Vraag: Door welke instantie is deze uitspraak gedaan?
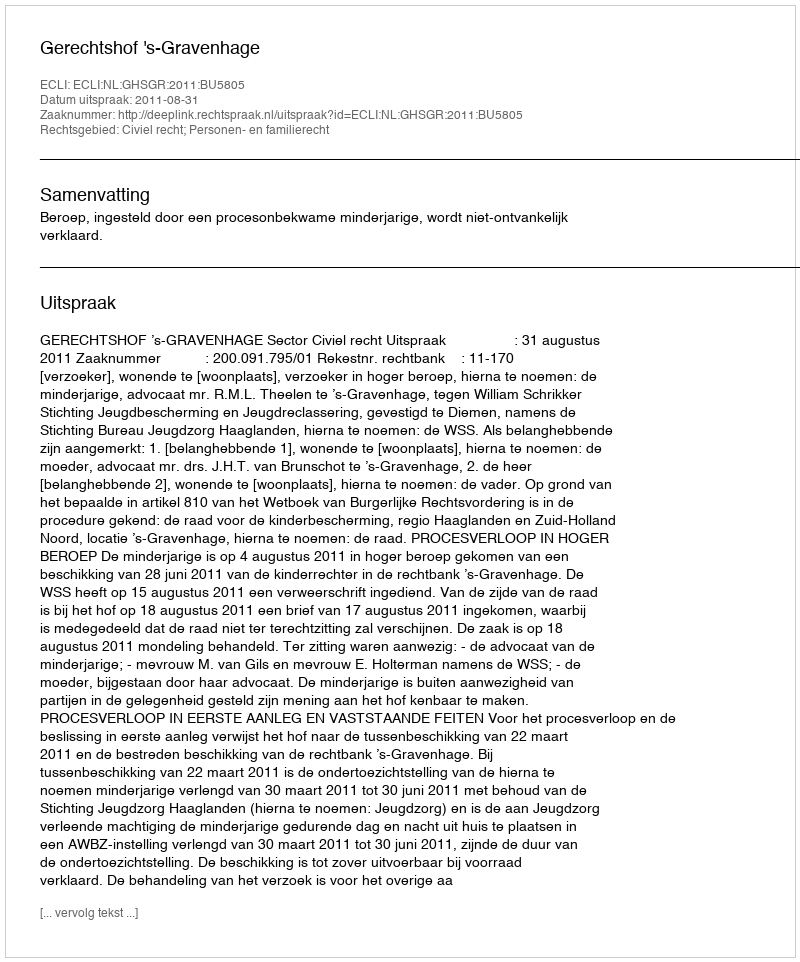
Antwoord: Gerechtshof 's-Gravenhage